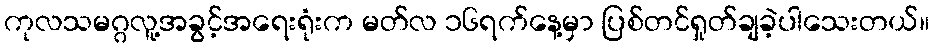
ကုလသမဂ္ဂလူ့အခွင့်အရေးရုံးက မတ်လ ၁၆ရက်နေ့မှာ ပြစ်တင်ရှုတ်ချခဲ့ပါသေးတယ်။